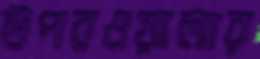
উপরওয়ালার